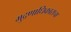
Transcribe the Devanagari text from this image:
मुद्रणाधिकाराचा